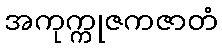
အကုက္ကုဇကဇာတံ